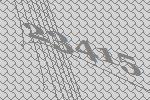
23415